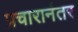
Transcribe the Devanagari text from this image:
प्रचारानंतर